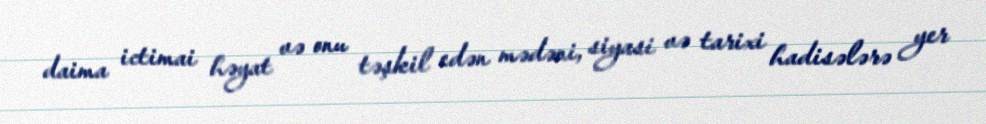
daima ictimai həyat və onu təşkil edən mədəni, siyasi və tarixi hadisələrə yer